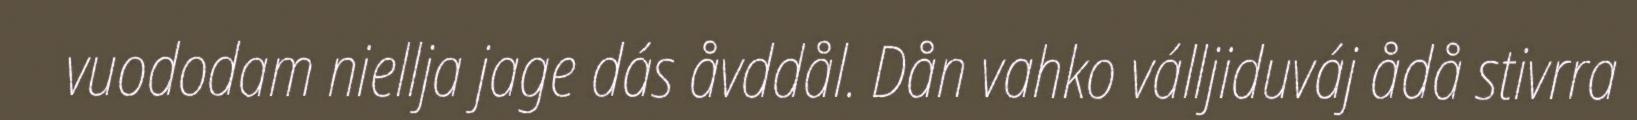
vuododam niellja jage dás åvddål. Dån vahko válljiduváj ådå stivrra